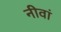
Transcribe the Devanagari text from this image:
नीवां